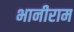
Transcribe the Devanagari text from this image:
भानीराम